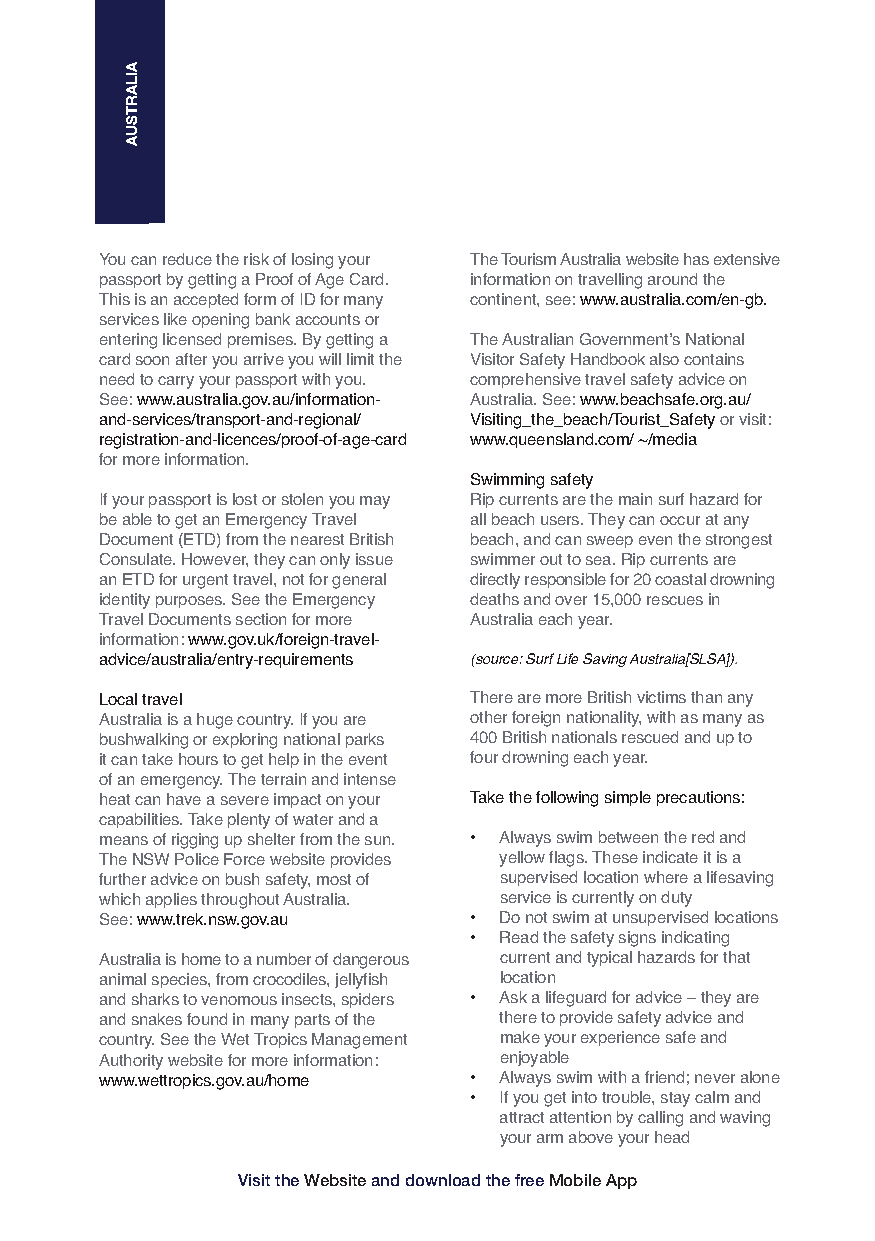
You can reduce the risk of losing your The Tourism Australia website has extensive
 passport by getting a Proof of Age Card. information on travelling around the
 This is an accepted form of ID for many continent, see: www.australia.com/en-gb.
 services like opening bank accounts or
 entering licensed premises. By getting a The Australian Government’s National
 card soon after you arrive you will limit the Visitor Safety Handbook also contains
 need to carry your passport with you. comprehensive travel safety advice on
 See: www.australia.gov.au/information- Australia. See: www.beachsafe.org.au/
 and-services/transport-and-regional/ Visiting_the_beach/Tourist_Safety or visit:
 registration-and-licences/proof-of-age-card www.queensland.com/ ~/media
 for more information.
 Swimming safety
 If your passport is lost or stolen you may Rip currents are the main surf hazard for
 be able to get an Emergency Travel all beach users. They can occur at any
 Document (ETD) from the nearest British beach, and can sweep even the strongest
 Consulate. However, they can only issue swimmer out to sea. Rip currents are
 an ETD for urgent travel, not for general directly responsible for 20 coastal drowning
 identity purposes. See the Emergency deaths and over 15,000 rescues in
 Travel Documents section for more Australia each year.
 information: www.gov.uk/foreign-travel-
 advice/australia/entry-requirements (source: Surf Life Saving Australia[SLSA]).
 Local travel            There are more British victims than any
 Australia is a huge country. If you are other foreign nationality, with as many as
 bushwalking or exploring national parks 400 British nationals rescued and up to
 it can take hours to get help in the event four drowning each year.
 of an emergency. The terrain and intense
 heat can have a severe impact on your Take the following simple precautions:
 capabilities. Take plenty of water and a
 means of rigging up shelter from the sun. • Always swim between the red and
 The NSW Police Force website provides yellow flags. These indicate it is a
 further advice on bush safety, most of supervised location where a lifesaving
 which applies throughout Australia. service is currently on duty
 See: www.trek.nsw.gov.au • Do not swim at unsupervised locations
 • Read the safety signs indicating
 Australia is home to a number of dangerous current and typical hazards for that
 animal species, from crocodiles, jellyfish location
 and sharks to venomous insects, spiders • Ask a lifeguard for advice – they are
 and snakes found in many parts of the there to provide safety advice and
 country. See the Wet Tropics Management make your experience safe and
 Authority website for more information: enjoyable
 www.wettropics.gov.au/home • Always swim with a friend; never alone
 • If you get into trouble, stay calm and
 attract attention by calling and waving
 your arm above your head
 Visit the Websiteand download the free Mobile App
 AILARTSUA